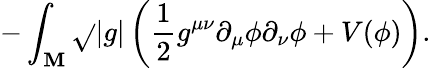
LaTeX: -\int_{\cal\mathbf{M}}\sqrt{}{{\left|g\right|}}\left(\frac{{1}}{{2}}g^{\mu\nu}\partial_{\mu}\phi\partial_{\nu}\phi+V(\phi)\right).